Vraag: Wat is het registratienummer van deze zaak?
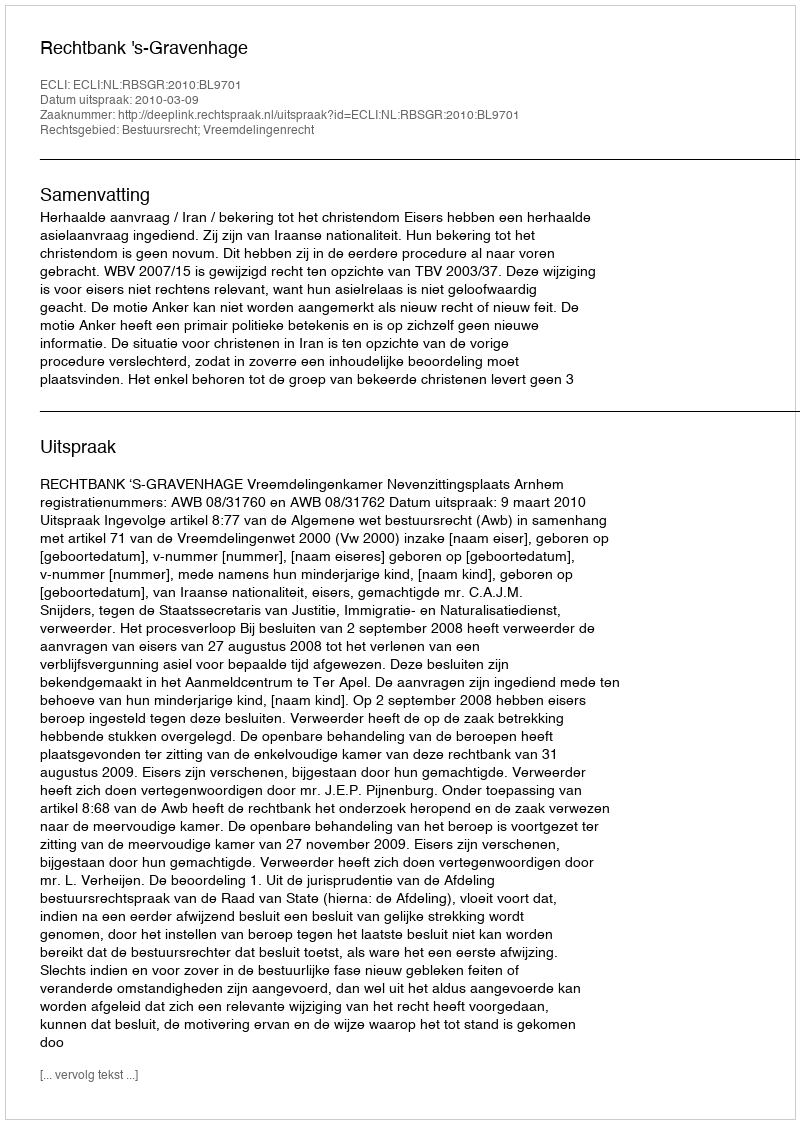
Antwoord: http://deeplink.rechtspraak.nl/uitspraak?id=ECLI:NL:RBSGR:2010:BL9701